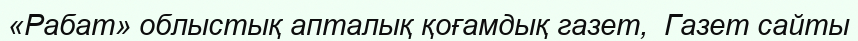
«Рабат» облыстық апталық қоғамдық газет,  Газет сайты